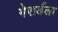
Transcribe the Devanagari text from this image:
गेरार्डला